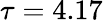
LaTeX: \tau=4.17